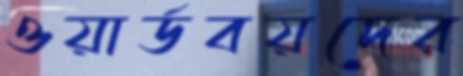
ওয়ার্ডবয়দের